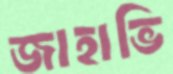
জাহাভি